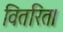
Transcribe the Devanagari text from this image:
वितरित।